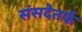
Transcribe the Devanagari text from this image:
संसदेतर्फे